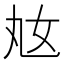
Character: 奿